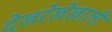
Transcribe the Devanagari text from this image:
देखरेखेखाली